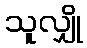
သူလျှို